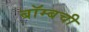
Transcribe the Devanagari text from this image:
बॉम्बची